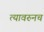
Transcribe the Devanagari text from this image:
त्यावरुनच